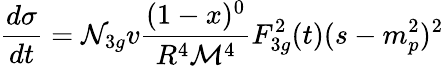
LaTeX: \frac{d\sigma}{dt}={\cal N}_{3g}v\frac{(1-x)^{0}}{R^{4}{\cal{M}}^{4}}F_{3g}^{2}(t)(s-m_{p}^{2})^{2}